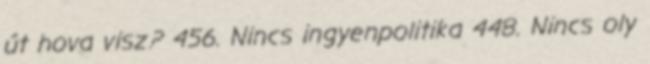
út hova visz? 456. Nincs ingyenpolitika 448. Nincs oly